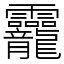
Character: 龗